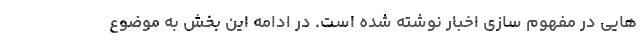
هایی در مفهوم سازی اخبار نوشته شده است. در ادامه این بخش به موضوع